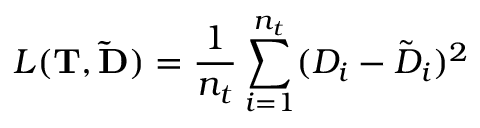
L ( \mathbf { T } , \mathbf { \tilde { D } } ) = \frac { 1 } { n _ { t } } \sum _ { i = 1 } ^ { n _ { t } } ( D _ { i } - \tilde { D } _ { i } ) ^ { 2 }